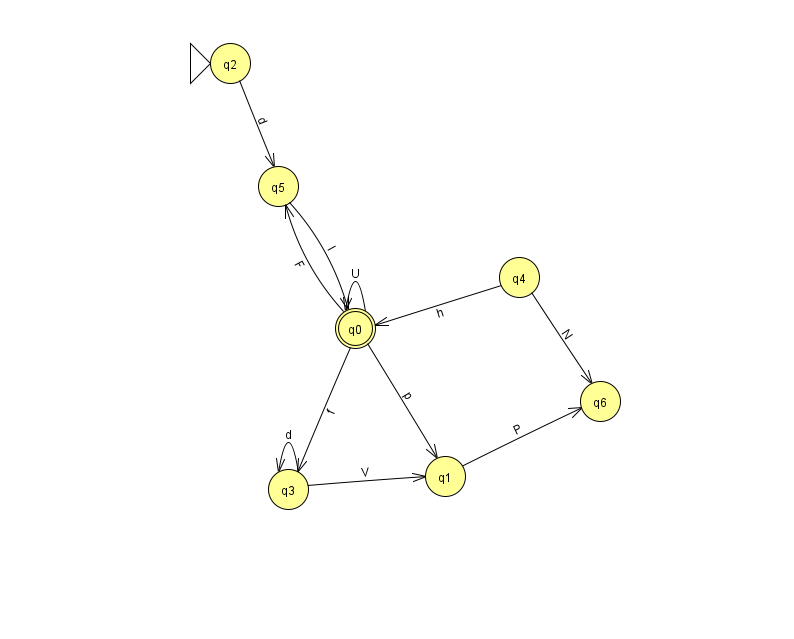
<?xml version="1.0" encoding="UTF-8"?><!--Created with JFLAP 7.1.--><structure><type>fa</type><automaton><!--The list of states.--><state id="0" name="q0"><x>355.0</x><y>315.0</y><final/></state><state id="1" name="q1"><x>445.0</x><y>463.0</y></state><state id="2" name="q2"><x>230.0</x><y>50.0</y><initial/></state><state id="3" name="q3"><x>288.0</x><y>476.0</y></state><state id="4" name="q4"><x>519.0</x><y>264.0</y></state><state id="5" name="q5"><x>278.0</x><y>173.0</y></state><state id="6" name="q6"><x>600.0</x><y>388.0</y></state><!--The list of transitions.--><transition><from>3</from><to>1</to><read>V</read></transition><transition><from>0</from><to>1</to><read>p</read></transition><transition><from>0</from><to>3</to><read>f</read></transition><transition><from>4</from><to>6</to><read>N</read></transition><transition><from>2</from><to>5</to><read>d</read></transition><transition><from>0</from><to>5</to><read>F</read></transition><transition><from>3</from><to>3</to><read>d</read></transition><transition><from>0</from><to>0</to><read>U</read></transition><transition><from>4</from><to>0</to><read>h</read></transition><transition><from>1</from><to>6</to><read>P</read></transition><transition><from>5</from><to>0</to><read>l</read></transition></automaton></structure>